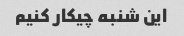
این شنبه چیکار کنیم